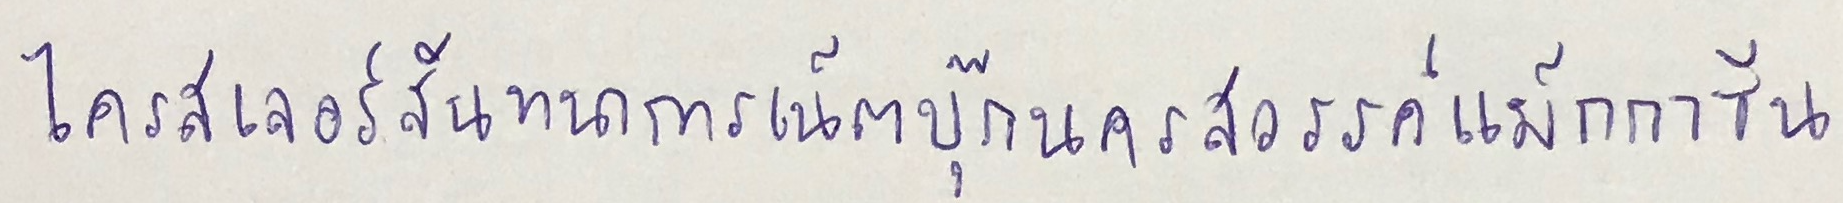
ไครสเลอร์สันทนาการเน็ตบุ๊กนครสวรรค์แม็กกาซีน